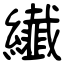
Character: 纎